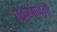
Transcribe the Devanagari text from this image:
एकखाजगी